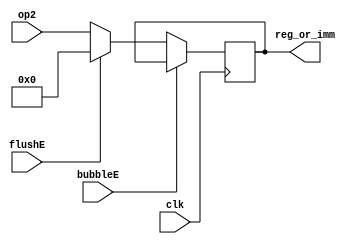
`timescale 1ns / 1ps
//////////////////////////////////////////////////////////////////////////////////
// Company: USTC ESLAB
// 
// Design Name: Op2_EX
// Module Name: Operator 2 Seg Reg
// Tool Versions: Vivado 2017.4.1
// Description: Operator 2 Seg Reg for ID\EX
// 
//////////////////////////////////////////////////////////////////////////////////


//  
    // ID\EX1
// 
    // clk               
    // op2               General Register File2
    // bubbleE           EXbubble
    // flushE            EXflush
// 
    // reg_or_imm       22
//   
    // 


module Op2_EX(
    input wire clk, bubbleE, flushE,
    input wire [31:0] op2,
    output reg [31:0] reg_or_imm
    );

    initial reg_or_imm = 0;
    
    always@(posedge clk)
        if (!bubbleE) 
        begin
            if (flushE)
                reg_or_imm <= 0;
            else 
                reg_or_imm <= op2;
        end
    
endmodule